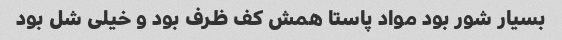
بسیار شور بود مواد پاستا همش کف ظرف بود و خیلی شل بود